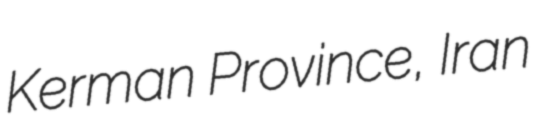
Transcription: Kerman Province, Iran